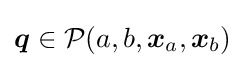
{\boldsymbol {q}}\in {\cal {P}}(a,b,{\boldsymbol {x}}_{a},{\boldsymbol {x}}_{b})